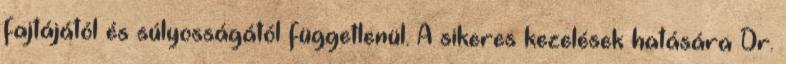
fajtájától és súlyosságától függetlenül. A sikeres kezelések hatására Dr.